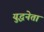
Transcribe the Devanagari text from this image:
युद्धनेता